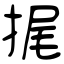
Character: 捤